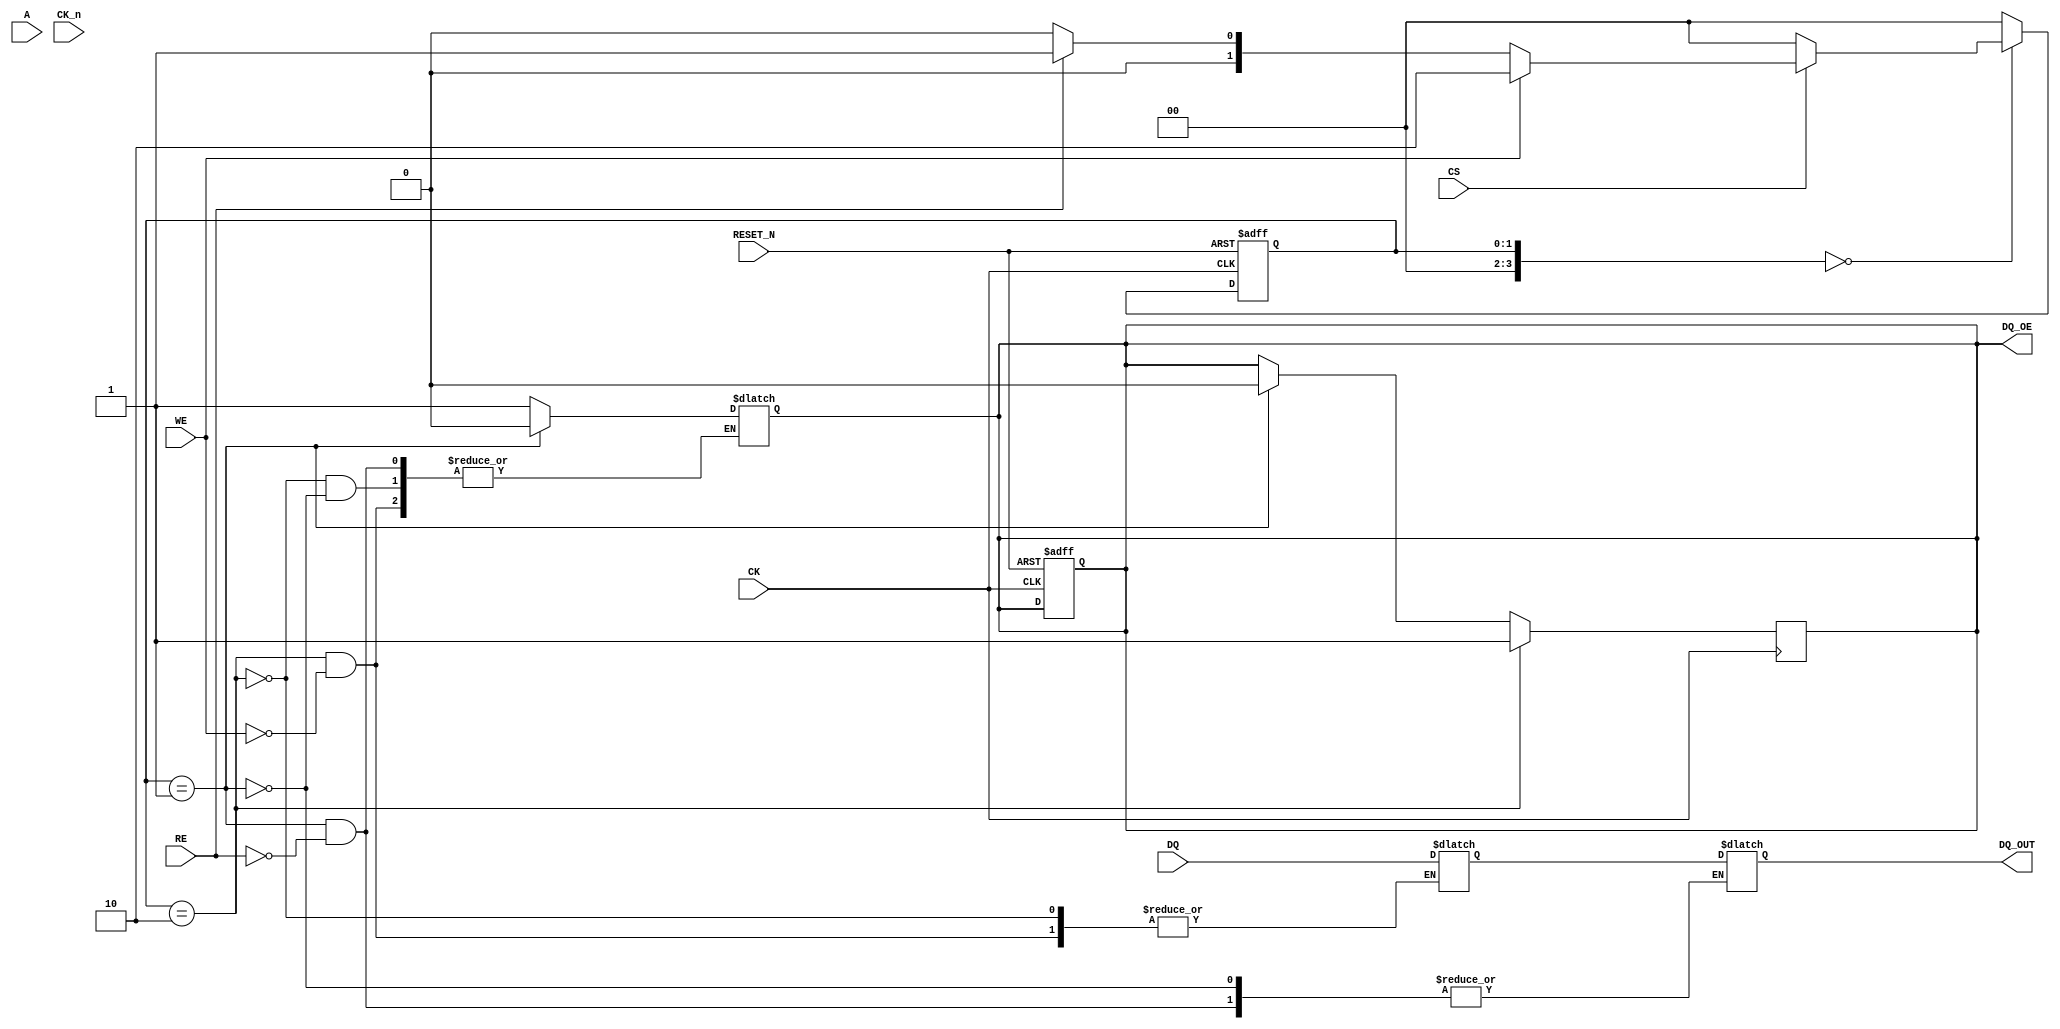
module gDDR3_IO_Block (
    // Input/Output Pins
    input wire [15:0] DQ,               // Data pins (bi-directional)
    input wire [13:0] A,                // Address pins
    input wire CS,                       // Chip Select
    input wire WE,                       // Write Enable
    input wire RE,                       // Read Enable
    input wire CK,                       // Clock
    input wire CK_n,                     // Inverted Clock
    input wire RESET_N,                  // Active low reset
    output reg [15:0] DQ_OUT,            // Data output
    output reg DQ_OE                     // Data output enable
);

    // Internal Signals
    reg [15:0] data_buffer;              // Buffer for data
    reg [3:0] state;                     // State machine
    reg [3:0] next_state;                // Next state logic
    reg initialized;                     // Initialization flag
    
    // State Definitions
    localparam IDLE          = 4'b0000;
    localparam READ          = 4'b0001;
    localparam WRITE         = 4'b0010;
    localparam INIT          = 4'b0011;

    // Initialize the I/O block on power-up
    initial begin
        initialized = 0;
        state = INIT;
    end

    // State Machine for READ/WRITE operations
    always @(posedge CK or negedge RESET_N) begin
        if (!RESET_N) begin
            state <= INIT;       // Reset to initialization state
            initialized <= 0;
            DQ_OE <= 1'b0;      // Disable output driver
        end else begin
            state <= next_state; // Move to the next state
        end
    end

    // Next State Logic
    always @(*) begin
        case (state)
            INIT: begin
                if (!initialized) begin
                    // Perform initialization steps
                    initialized = 1;
                    next_state = IDLE;
                end else begin
                    next_state = IDLE;
                end
            end

            IDLE: begin
                if (CS) begin
                    if (WE) begin
                        next_state = WRITE;     // Move to WRITE state
                    end else if (RE) begin
                        next_state = READ;      // Move to READ state
                    end else begin
                        next_state = IDLE;      // Stay in IDLE
                    end
                end else begin
                    next_state = IDLE;          // Stay in IDLE if CS is low
                end
            end

            WRITE: begin
                if (WE) begin
                    data_buffer <= DQ;        // Latch incoming data
                    DQ_OE <= 1'b1;            // Enable Data Output
                    next_state = IDLE;        // Go back to IDLE
                end else begin
                    next_state = IDLE;        // Error handling or go to IDLE
                end
            end
            
            READ: begin
                if (RE) begin
                    DQ_OUT <= data_buffer;   // Drive data to output
                    DQ_OE <= 1'b0;            // Disable Data Output
                    next_state = IDLE;        // Go back to IDLE
                end else begin
                    next_state = IDLE;        // Error handling or go to IDLE
                end
            end
            
            default: next_state = IDLE;         // Default case
        endcase
    end

    // Output Driver Control
    always @(posedge CK) begin
        if (state == WRITE) begin
            DQ_OE <= 1'b1;  // Enable output during write
        end else if (state == READ) begin
            DQ_OE <= 1'b0;  // Disable output during read
        end
    end

endmodule